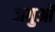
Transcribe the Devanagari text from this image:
जगुओं